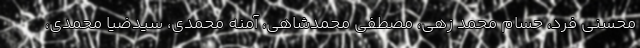
محسنی فرد، حسام محمد زهی، مصطفی محمدشاهی، آمنه محمدی، سیدضیا محمدی،